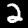
Digit: 2